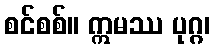
စင်စစ်။ ဣမဿ ပုဂ္ဂ၊